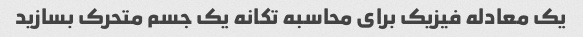
یک معادله فیزیک برای محاسبه تکانه یک جسم متحرک بسازید